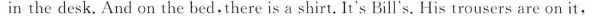
in the desk. And on the bed.There is a shirt. It's Bill's. His trousers are on it,